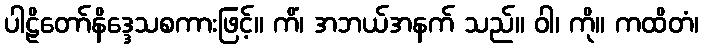
ပါဠိတော်နိဒ္ဒေသစကားဖြင့်။ ကိံ၊ အဘယ်အနက် သည်။ ဝါ၊ ကို။ ကထိတံ၊